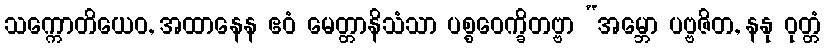
သက္ကောတိယေဝ, အထာနေန ဧဝံ မေတ္တာနိသံသာ ပစ္စဝေက္ခိတဗ္ဗာ “အမ္ဘော ပဗ္ဗဇိတ, နနု ဝုတ္တံ